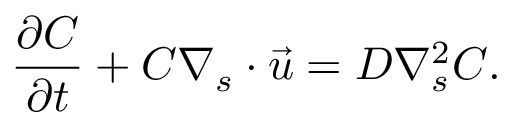
\frac { \partial C } { \partial t } + C \nabla _ { s } \cdot \vec { u } = D \nabla _ { s } ^ { 2 } C .